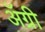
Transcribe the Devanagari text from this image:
ॲग्री